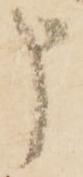
申